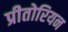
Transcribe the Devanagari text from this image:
प्रीतोरियन